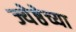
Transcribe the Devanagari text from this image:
ज्येष्ठेच्या